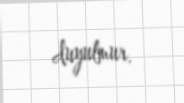
duyulmur.